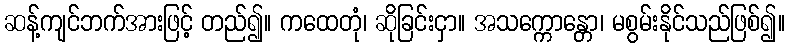
ဆန့်ကျင်ဘက်အားဖြင့် တည်၍။ ကထေတုံ၊ ဆိုခြင်းငှာ။ အသက္ကောန္တော၊ မစွမ်းနိုင်သည်ဖြစ်၍။